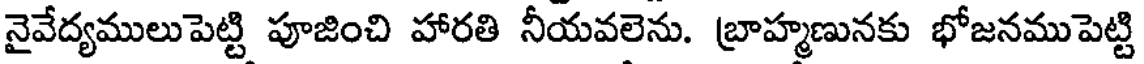
నైవేద్యములుపెట్టి పూజించి హారతి నీయవలెను. బ్రాహ్మణునకు భోజనముపెట్టి